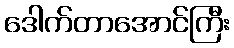
ဒေါက်တာအောင်ကြီး